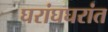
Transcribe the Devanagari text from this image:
घरांघघरांत